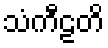
သံကီဠတိ